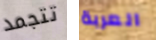
تتجمد العربة